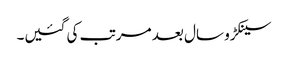
سینکڑو سال بعد مرتب کی گئیں۔